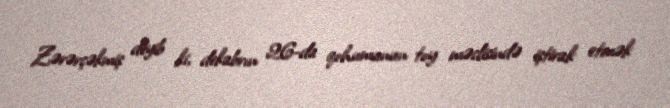
Zərərçəkmiş deyib ki, dekabrın 26-da qohumunun toy məclisində iştirak etmək